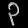
Digit: ၃